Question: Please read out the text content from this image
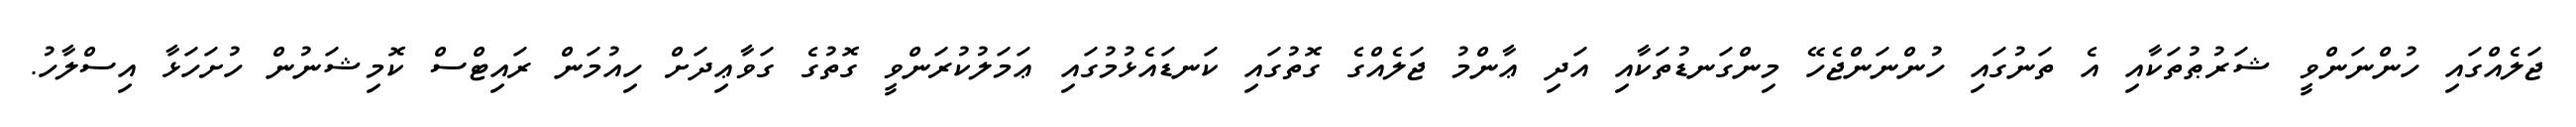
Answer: ޖަލެއްގައި ހުންނަންވީ ޝަރުޠުތަކާއި އެ ތަނުގައި ހުންނަންޖެހޭ މިންގަނޑުތަކާއި އަދި ޢާންމު ޖަލެއްގެ ގޮތުގައި ކަނޑައެޅުމުގައި ޢަމަލުކުރަންވީ ގޮތުގެ ގަވާޢިދަށް ހިއުމަން ރައިޓްސް ކޮމިޝަނުން ހުށަހަޅާ އިސްލާހު.